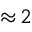
{ \approx } \, 2